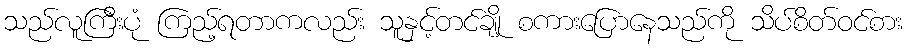
သည်လူကြီးပုံ ကြည့်ရတာကလည်း သူနှင့်တင်ချို စကားပြောနေသည်ကို သိပ်စိတ်ဝင်စား